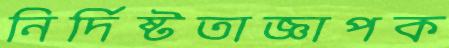
নির্দিষ্টতাজ্ঞাপক